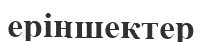
еріншектер